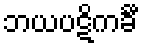
ဘယပဋိကင်္ခီ